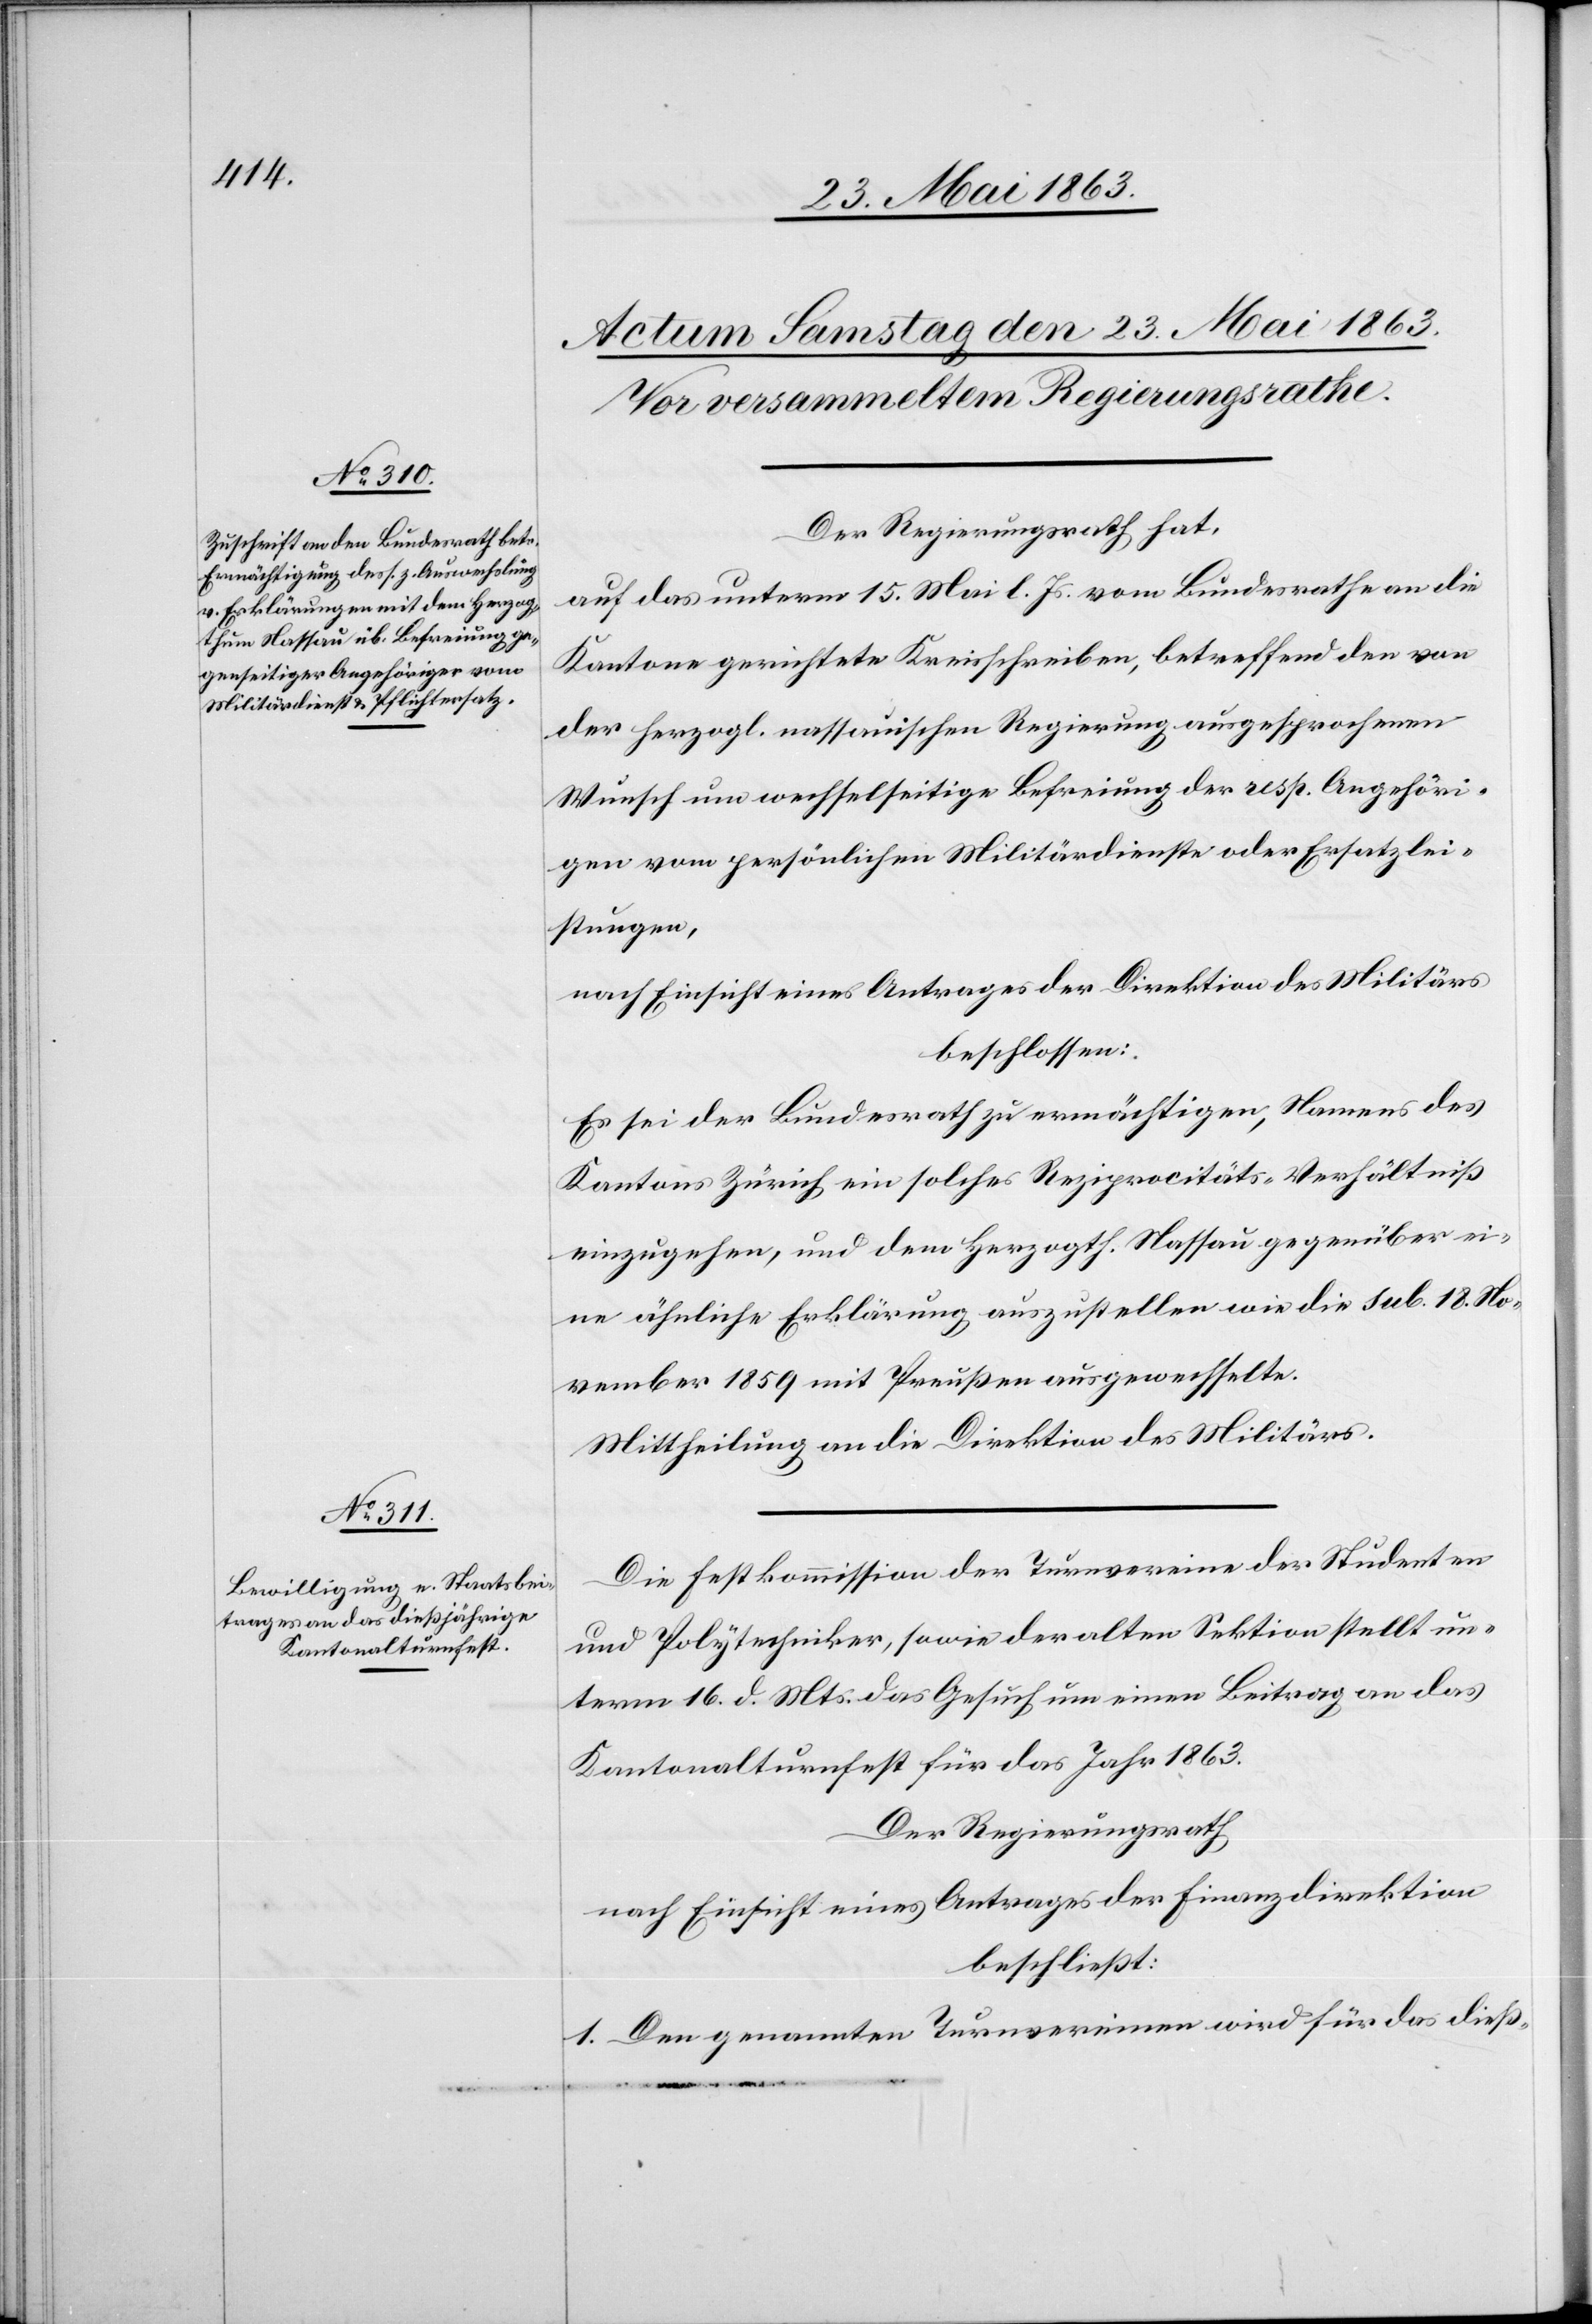
Der Regierungsrath hat,
auf das unterm 15. Mai l. Js. vom Bundesrathe an die
Kantone gerichtete Kreisschreiben, betreffend den von
der herzogl. nassauischen Regierung ausgesprochenen
Wunsch um wechselseitige Befreiung der resp. Angehöri¬
gen vom persönlichen Militärdienste oder Ersatzlei¬
stungen,
nach Einsicht eines Antrages der Direktion des Militärs
beschlossen:
Es sei der Bundesrath zu ermächtigen, Namens des
Kantons Zürich ein solches Reziprocitäts-Verhältniß
einzugehen, und dem Herzogth. Nassau gegenüber ei¬
ne ähnliche Erklärung auszustellen wie die sub. 18. No¬
vember 1859 mit Preußen ausgewechselte.
Mittheilung an die Direktion des Militärs.
Die Festkommission der Turnvereine der Studenten
und Polytechniker, sowie der alten Sektion stellt un¬
term 16. d. Mts. das Gesuch um einen Beitrag an das
Kantonalturnfest für das Jahr 1863.
Der Regierungsrath
nach Einsicht eines Antrages der Finanzdirektion
beschließt:
1. Den genannten Turnvereinen wird für das dieß-